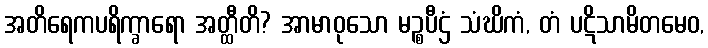
အတိရေကပရိက္ခာရော အတ္ထီတိ? အာမာဝုသော မဉ္စပီဌံ သံဃိကံ, တံ ပဋိသာမိတမေဝ,